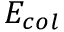
E _ { c o l }